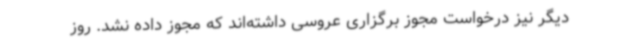
دیگر نیز درخواست مجوز برگزاری عروسی داشته‌اند که مجوز داده نشد. روز